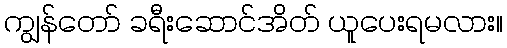
ကျွန်တော် ခရီးဆောင်အိတ် ယူပေးရမလား။